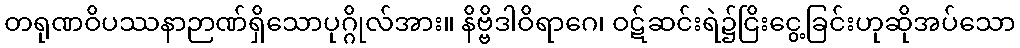
တရုဏဝိပဿနာဉာဏ်ရှိသောပုဂ္ဂိုလ်အား။ နိဗ္ဗိဒါဝိရာဂေ၊ ဝဋ်ဆင်းရဲ၌ငြိးငွေ့ခြင်းဟုဆိုအပ်သော